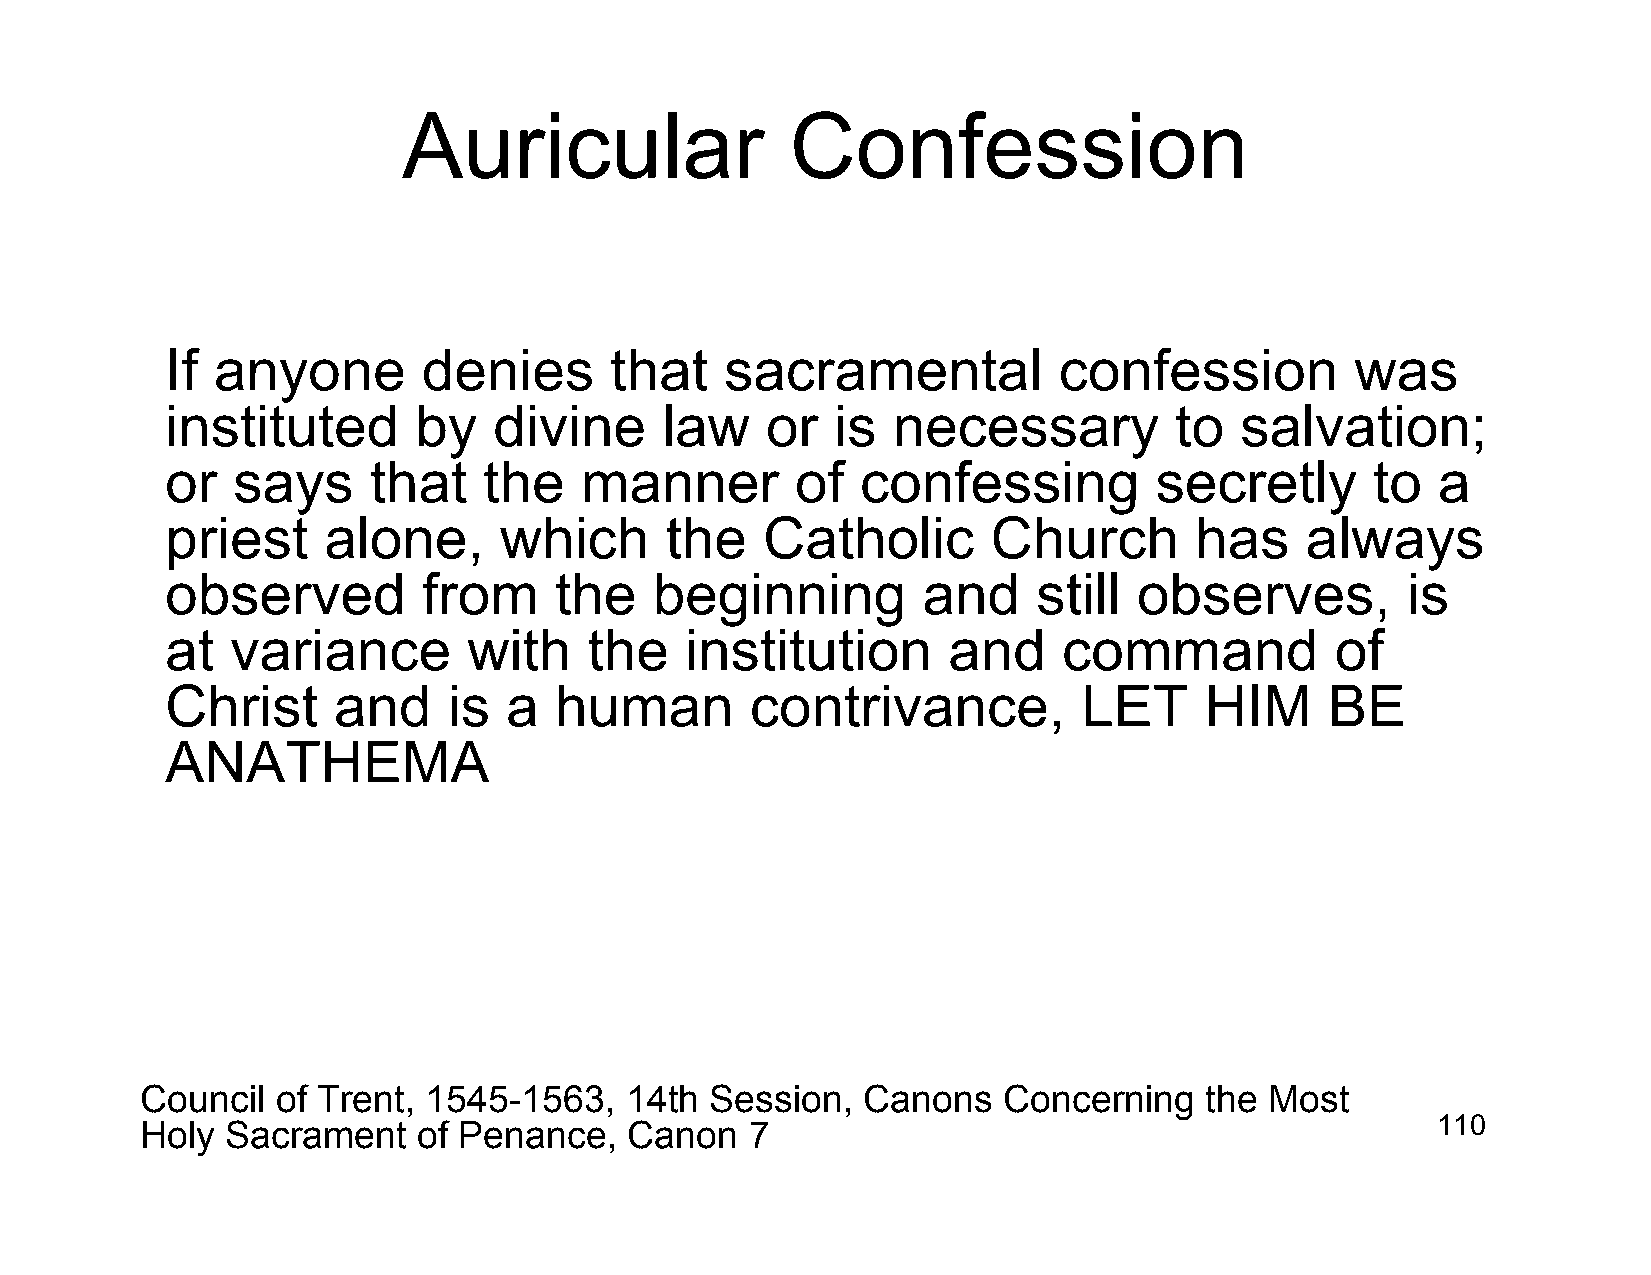
Auricular                Confession
 If anyone        denies      that    sacramental           confession          was
 instituted      by    divine     law    or  is  necessary          to  salvation;
 or  says     that    the   manner         of  confessing         secretly       to  a
 priest    alone,      which      the   Catholic        Church       has    always
 observed         from     the   beginning         and     still observes,         is
 at  variance        with    the   institution       and    command           of
 Christ     and     is a   human        contrivance,          LET     HIM     BE
 ANATHEMA
 Council  of Trent, 1545-1563,   14th  Session,  Canons   Concerning    the Most
 Holy  Sacrament    of Penance,   Canon   7                                            110